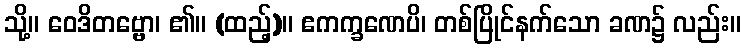
သို့။ ဝေဒိတဗ္ဗော၊ ၏။ (ထည့်)။ ဧကက္ခဏေပိ၊ တစ်ပြိုင်နက်သော ခဏ၌ လည်း။